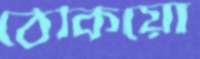
ঠেকিয়ো